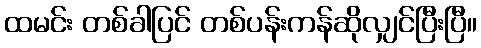
ထမင်း တစ်ခါပြင် တစ်ပန်းကန်ဆိုလျှင်ပြီးပြီ။